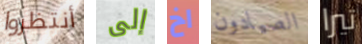
أنتظروا إلى اخ الصيادون تيرا